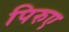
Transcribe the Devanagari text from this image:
पिरुए